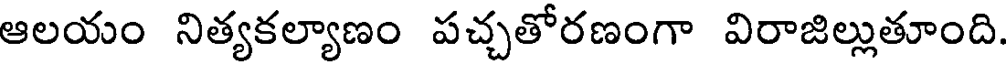
ఆలయం నిత్యకల్యాణం పచ్చతోరణంగా విరాజిల్లుతూంది.